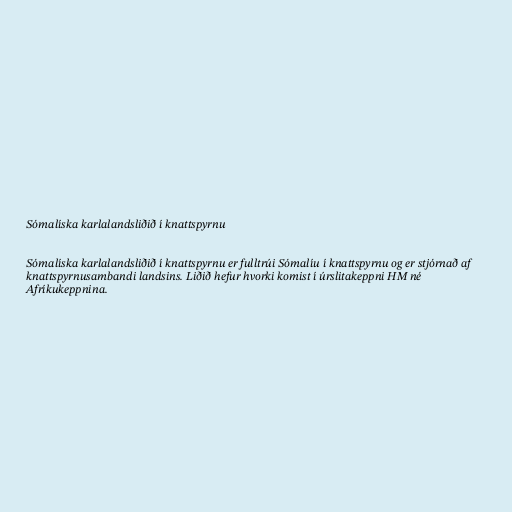
Sómalíska karlalandsliðið í knattspyrnu

Sómalíska karlalandsliðið í knattspyrnu er fulltrúi Sómalíu í knattspyrnu og er stjórnað af
knattspyrnusambandi landsins. Liðið hefur hvorki komist í úrslitakeppni HM né
Afríkukeppnina.